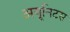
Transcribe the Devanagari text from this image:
अयूनिटस